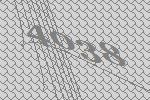
4038